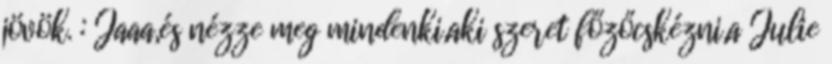
jövök. : Jaaa,és nézze meg mindenki,aki szeret főzőcskézni,a Julie